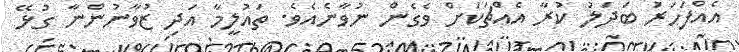
އެއްފަހަރަު ބަދަލު ކުރާ އެއްޗަކަށް ވެގެން ނުވާނެއެވެ. ތައުލީމާ އަދި ޒުވާނުންނާ ގުޅޭ